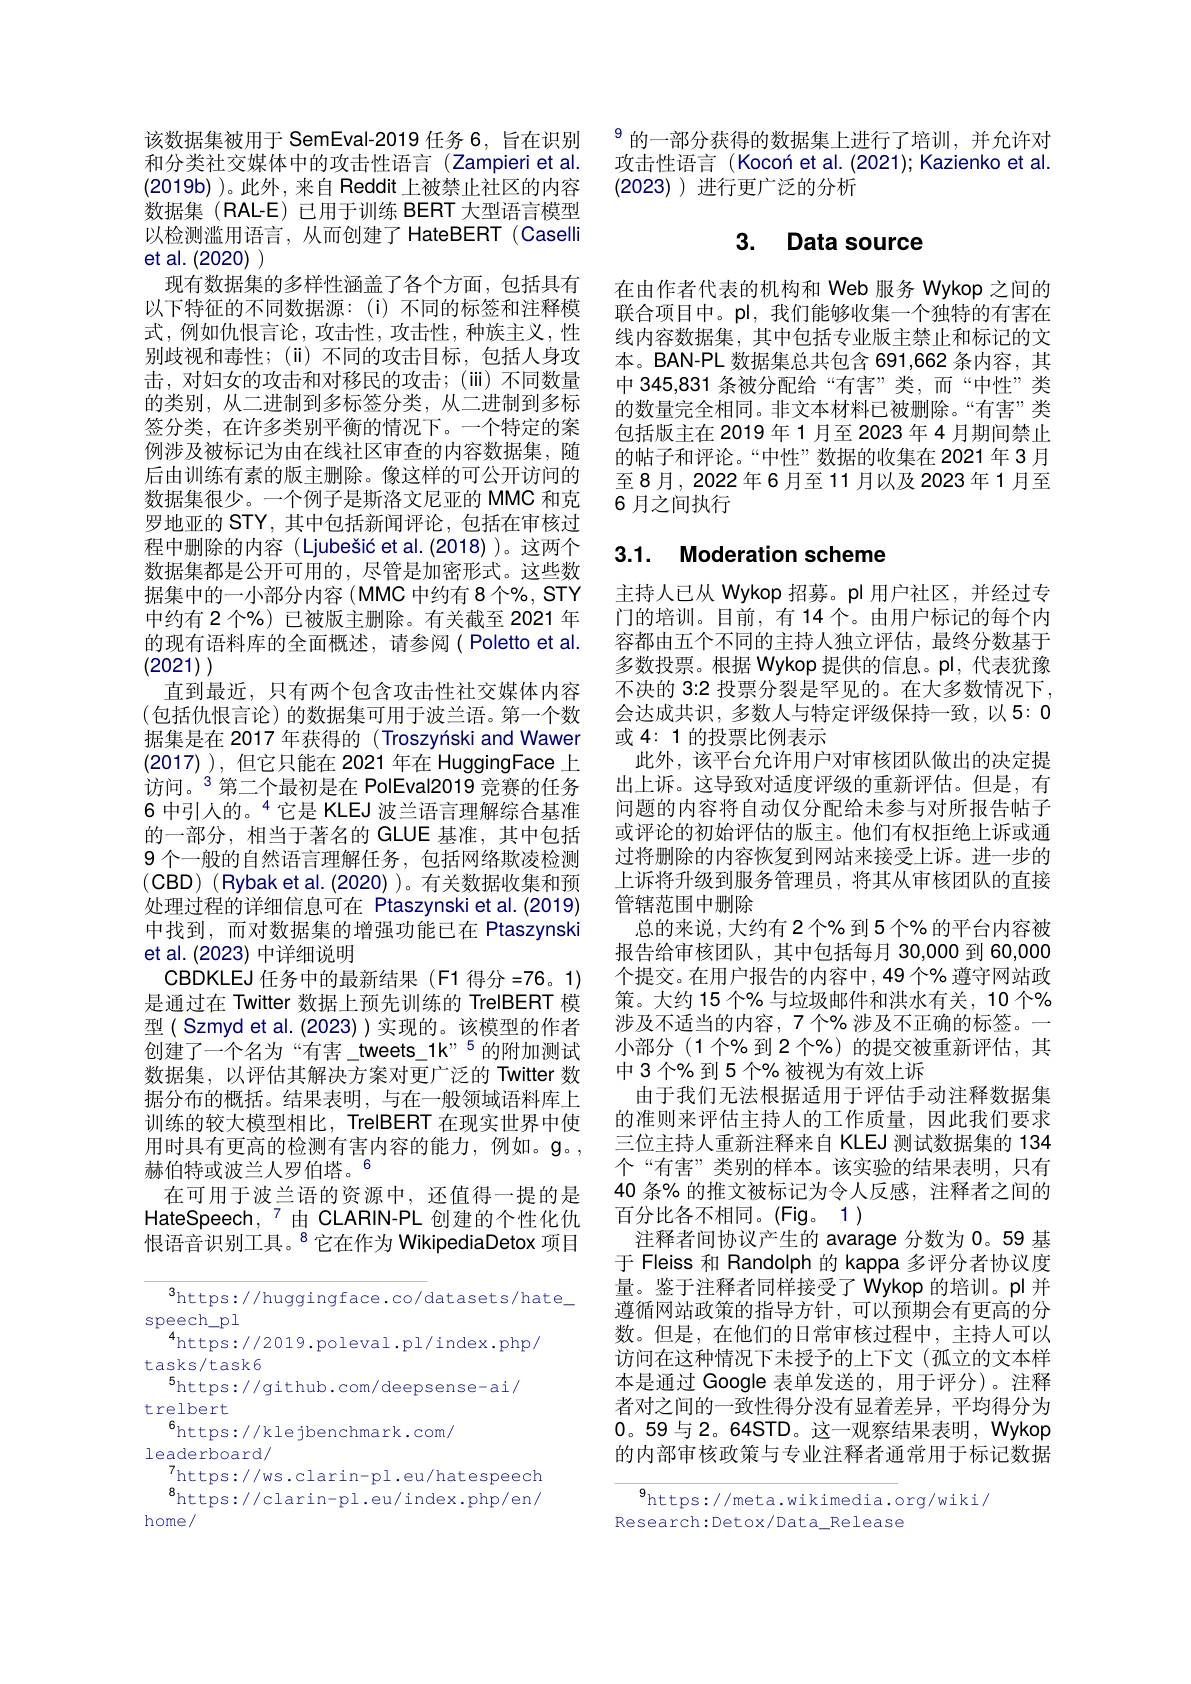
该数据集被用于 SemEval-2019 任务 6, 旨在识别和分类社交媒体中的攻击性语言(Zampieri et al. $(2019b)$。此外，来自 Reddit 上被禁止社区的内容数据集(RAL-E)已用于训练 BERT 大型语言模型以检测滥用语言，从而创建了 HateBERT (Caselli et al. (2020)
现有数据集的多样性涵盖了各个方面，包括具有以下特征的不同数据源：(i) 不同的标签和注释模式，例如仇恨言论，攻击性，攻击性，种族主义，性别歧视和毒性；(ii)不同的攻击目标，包括人身攻击，对妇女的攻击和对移民的攻击；(iii)不同数量的类别，从二进制到多标签分类，从二进制到多标签分类，在许多类别平衡的情况下。一个特定的案例涉及被标记为由在线社区审查的内容数据集，随后由训练有素的版主删除。像这样的可公开访问的数据集很少。一个例子是斯洛文尼亚的 MMC 和克罗地亚的 STY, 其中包括新闻评论，包括在审核过程中删除的内容(Ljubešić et al.(2018))。这两个数据集都是公开可用的，尽管是加密形式。这些数据集中的一小部分内容(MMC 中约有 8 个%, STY 中约有2个%)已被版主删除。有关截至 2021 年的现有语料库的全面概述，请参阅(Poletto et al. (2021)
直到最近，只有两个包含攻击性社交媒体内容(包括仇恨言论)的数据集可用于波兰语。第一个数据集是在 2017 年获得的 (Troszynski and Wawer (2017) ) , 但它只能在 2021年在 HuggingFace 上访问。$^{3}$第二个最初是在 PolEval2019 竞赛的任务6 中引人的。$^{4}$它是 KLEJ 波兰语言理解综合基准的一部分，相当于著名的 GLUE 基准，其中包括9 个一般的自然语言理解任务，包括网络欺凌检测$(\mathsf{CBD})~(\mathsf{Rybaketal.(2020)}$)。有关数据收集和预处理过程的详细信息可在 Ptaszynski et al.(2019) 中找到，而对数据集的增强功能已在 Ptaszynski et al. (2023)中详细说明
CBDKLEJ 任务中的最新结果(F1 得分 =76。1) 是通过在 Twitter 数据上预先训练的 TrelBERT 模型(Szmyd et al.(2023))实现的。该模型的作者创建了一个名为“有害\_tweets\_1k”5的附加测试数据集，以评估其解决方案对更广泛的 Twitter 数据分布的概括。结果表明，与在一般领域语料库上训练的较大模型相比，TrelBERT 在现实世界中使用时具有更高的检测有害内容的能力，例如。$\mathbf{g}$。, 赫伯特或波兰人罗伯塔。
在可用于波兰语的资源中，还值得一提的是HateSpeech, $^{7}$由 CLARIN-PL 创建的个性化仇恨语音识别工具。$^{8}$它在作为 WikipediaDetox 项目

$^3$https://huggingface.co/datasets/hate\_
speech\_pl
$^{4}$https://2019.poleval.pl/index.php/
tasks/task6
$^{5}$https://github.com/deepsense-ai/
trelbert
$^{6}$https://klejbenchmark.com/
leaderboard/
$^7$https: / / ws. clarin- pl. eu/ hatespeech $^{8}$https://clarin-pl.eu/index.php/en/
home/

$^{9}$的一部分获得的数据集上进行了培训，并允许对攻击性语言(Kocon et al. (2021); Kazienko et al. (2023) )进行更广泛的分析

# 3. Data source

在由作者代表的机构和 Web 服务 Wykop 之间的联合项目中。pl,我们能够收集一个独特的有害在线内容数据集，其中包括专业版主禁止和标记的文本。BAN-PL 数据集总共包含 691,662 条内容，其中 345,831 条被分配给“有害”类，而“中性”类的数量完全相同。非文本材料已被删除。“有害”类包括版主在 2019年 1 月至 2023 年 4 月期间禁止的帖子和评论。“中性”数据的收集在 2021年 3月至8月，2022年6月至11月以及2023年1月至6 月之间执行

## 3.1. Moderation scheme

主持人已从 Wykop 招募。pl 用户社区，并经过专门的培训。目前，有 14个。由用户标记的每个内容都由五个不同的主持人独立评估，最终分数基于多数投票。根据 Wykop 提供的信息。pl, 代表犹豫不决的 3:2 投票分裂是罕见的。在大多数情况下， 会达成共识，多数人与特定评级保持一致，以 5: 0或4：1的投票比例表示
此外，该平台允许用户对审核团队做出的决定提出上诉。这导致对适度评级的重新评估。但是，有问题的内容将自动仅分配给未参与对所报告帖子或评论的初始评估的版主。他们有权拒绝上诉或通过将删除的内容恢复到网站来接受上诉。进一步的上诉将升级到服务管理员，将其从审核团队的直接管辖范围中删除
总的来说，大约有 2 个% 到 5 个% 的平台内容被报告给审核团队，其中包括每月 30,000 到 60,000个提交。在用户报告的内容中，49个% 遵守网站政策。大约 15 个% 与垃圾邮件和洪水有关，10 个% 涉及不适当的内容，7 个% 涉及不正确的标签。一小部分(1 个% 到 2 个%) 的提交被重新评估，其中3个%到5个%被视为有效上诉
由于我们无法根据适用于评估手动注释数据集的准则来评估主持人的工作质量，因此我们要求三位主持人重新注释来自 KLEJ 测试数据集的 134个“有害”类别的样本。该实验的结果表明，只有40 条% 的推文被标记为令人反感，注释者之间的百分比各不相同。(Fig。1)
注释者间协议产生的 avarage 分数为 0。59 基于 Fleiss 和 Randolph 的 kappa 多评分者协议度量。鉴于注释者同样接受了 Wykop 的培训。pl 并遵循网站政策的指导方针，可以预期会有更高的分数。但是，在他们的日常审核过程中，主持人可以访问在这种情况下未授予的上下文(孤立的文本样本是通过 Google 表单发送的，用于评分)。注释者对之间的一致性得分没有显着差异，平均得分为0。59 与 2。64STD。这一观察结果表明，Wykop 的内部审核政策与专业注释者通常用于标记数据

$^{9}$https://meta.wikimedia.org/wiki/
Research:Detox/Data_Release